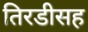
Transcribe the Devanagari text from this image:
तिरडीसह